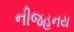
નીજહનય